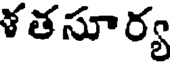
ళ తసూర్య